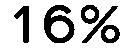
16%